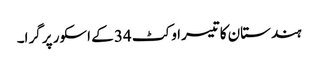
ہندستان کا تیسرا وکٹ 34 کے اسکور پر گرا۔